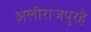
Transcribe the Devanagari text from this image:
अलीराजपुरहै